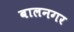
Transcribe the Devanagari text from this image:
बालनगर